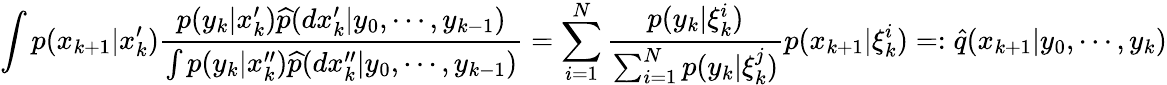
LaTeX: \int p(x_{k+1}|x_{k}^{\prime}){\frac{p(y_{k}|x_{k}^{\prime}){\widehat{p}}(dx_{k}^{\prime}|y_{0},\cdots,y_{k-1})}{\int p(y_{k}|x_{k}^{\prime\prime}){\widehat{p}}(dx_{k}^{\prime\prime}|y_{0},\cdots,y_{k-1})}}=\sum_{i=1}^{N}{\frac{p(y_{k}|\xi_{k}^{i})}{\sum_{i=1}^{N}p(y_{k}|\xi_{k}^{j})}}p(x_{k+1}|\xi_{k}^{i})=:{\widehat{q}}(x_{k+1}|y_{0},\cdots,y_{k})